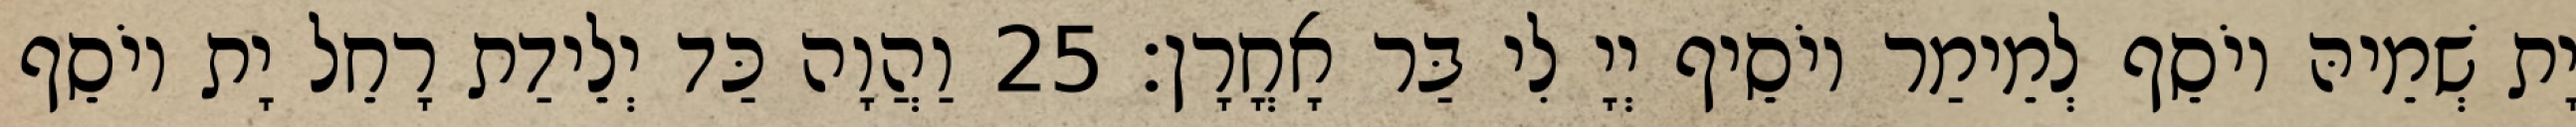
יָת שְׁמֵיהּ יוֹסֵף לְמֵימַר יוֹסֵיף יְיָ לִי בַּר אָחֳרָן׃ 25 וַהֲוָה כַּד יְלֵידַת רָחֵל יָת יוֹסֵף